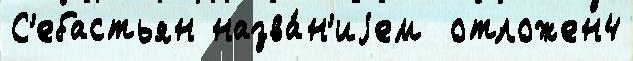
С'ебастьян назва́н'иjем  отложен4